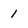
Character: 1